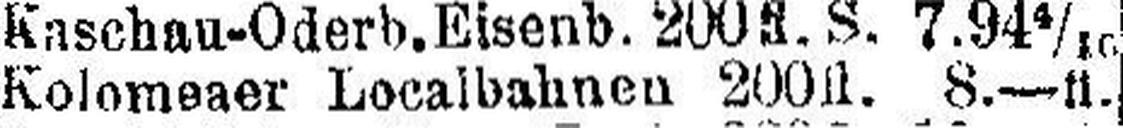
Kolomeaer Localbahnen 200fl. 8.—fl.